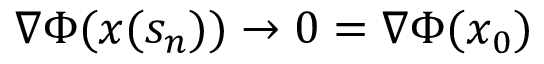
\nabla \Phi ( { \boldsymbol x } ( s _ { n } ) ) \to 0 = \nabla \Phi ( { \boldsymbol x } _ { 0 } )